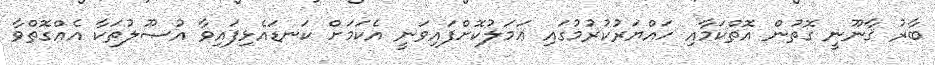
ބާރު ޤާނޫނީ ގޮތުން އޮތްކަމާއި ހައްޔަރުކުރުމުގައި ޢަމަލުކޮށްފައިވަނީ އެކަމަށް ކަނޑައެޅިފައިވާ އުޞޫލުތަކާ އެއްގޮތްވާ